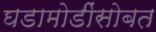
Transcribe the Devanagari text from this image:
घडामोडींसोबत